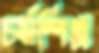
চর্মশিল্প